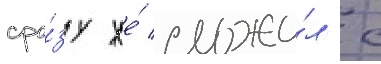
сра́зу же́ сложи́л с